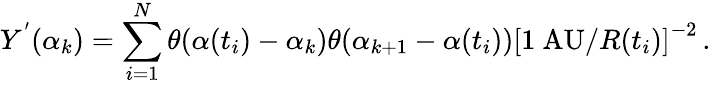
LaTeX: Y^{'}(\alpha_{k})=\sum_{i=1}^{N}\theta(\alpha(t_{i})-\alpha_{k})\theta(\alpha_{k+1}-\alpha(t_{i}))\left[1~\mathrm{AU}/R(t_{i})\right]^{-2}\, .